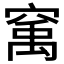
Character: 𱷇